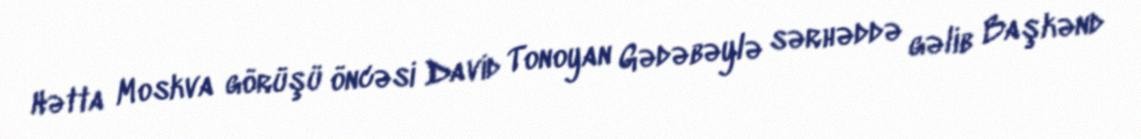
Hətta Moskva görüşü öncəsi David Tonoyan Gədəbəylə sərhəddə gəlib Başkənd